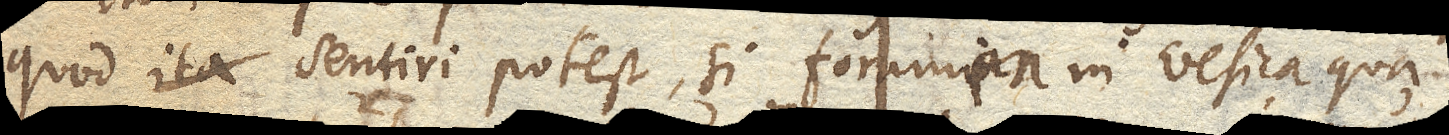
quod ita sentiri potest, si foramen in vesica qua